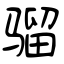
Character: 骝